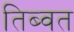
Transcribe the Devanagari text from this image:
तिब्वत